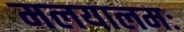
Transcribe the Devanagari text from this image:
मलयालमः